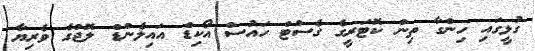
ގުޅީގައި ހިންގާ ތިން ކޮޓަރީގެ ގެސްޓް ހައުސް އޯކިޑް އައިލެންޑް ލޮޖްގެ ވެރިޔާ